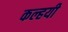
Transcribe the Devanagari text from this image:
कल्हयी